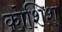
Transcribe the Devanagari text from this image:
कोशिश्